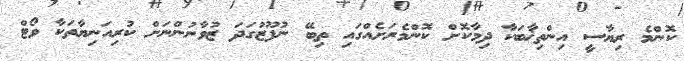
ކޮންމެ ރިޔާސީ އިންތިޚާބަކާ ދިމާކޮށް ކޮންމެރަށެއްގައި ތިބޭ ނުފޫޒުގަދަ ޒުވާނުންނަށް ކުރިއަނިޔާތަކާ ވޯޓް